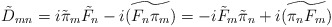
\begin{align*}\tilde{D}_{mn} = i \tilde{\pi}_{m} \tilde{F}_{n} - i \widetilde{(F_{n}\pi_{m})} = -i \tilde{F}_{m} \tilde{\pi}_{n} +i \widetilde{(\pi_{n} F_{m})} \end{align*}